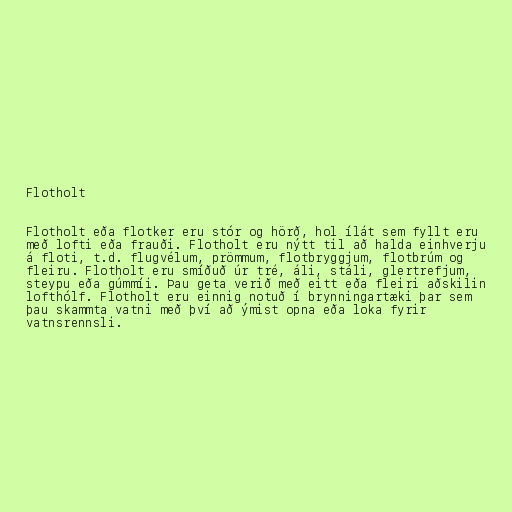
Flotholt

Flotholt eða flotker eru stór og hörð, hol ílát sem fyllt eru
með lofti eða frauði. Flotholt eru nýtt til að halda einhverju
á floti, t.d. flugvélum, prömmum, flotbryggjum, flotbrúm og
fleiru. Flotholt eru smíðuð úr tré, áli, stáli, glertrefjum,
steypu eða gúmmíi. Þau geta verið með eitt eða fleiri aðskilin
lofthólf. Flotholt eru einnig notuð í brynningartæki þar sem
þau skammta vatni með því að ýmist opna eða loka fyrir
vatnsrennsli.